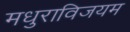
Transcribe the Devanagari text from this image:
मधुराविजयम